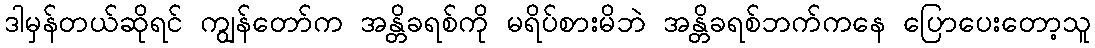
ဒါမှန်တယ်ဆိုရင် ကျွန်တော်က အန္တိခရစ်ကို မရိပ်စားမိဘဲ အန္တိခရစ်ဘက်ကနေ ပြောပေးတော့သူ